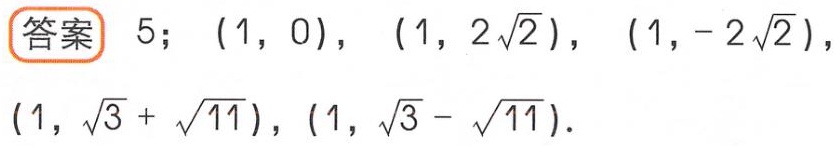
答案 \(5; (1,0), (1,2\sqrt{2}), (1,-2\sqrt{2}), (1,\sqrt{3}+\sqrt{11}), (1,\sqrt{3}-\sqrt{11})\)